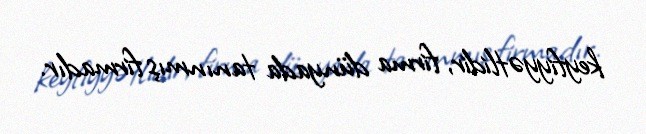
keyfiyyətlidir, firma dünyada tanınmış firmadır.